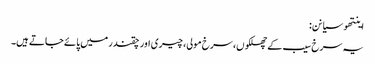
اینتھو سیانن:
یہ سرخ سیب کے چھلکوں، سرخ مولی، چیری اور چقندر میں پائے جاتے ہیں۔